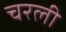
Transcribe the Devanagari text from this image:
चरली